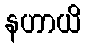
နဟာယိ